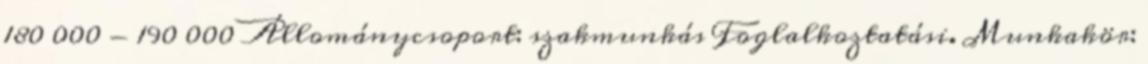
180 000 - 190 000 Állománycsoport: szakmunkás Foglalkoztatási. Munkakör: